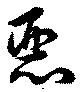
惡